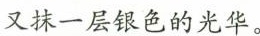
又抹一层银色的光华。